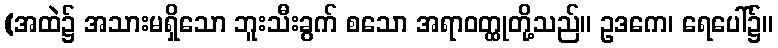
(အထဲ၌ အသားမရှိသော ဘူးသီးခွက် စသော အရာဝတ္ထုတို့သည်။ ဥဒကေ၊ ရေပေါ်၌။